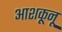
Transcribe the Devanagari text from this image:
आशकूनू